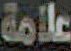
علامة